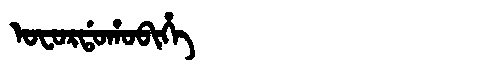
Manchu: ᠣᠸᠣᡵᡩᠣᡥᠣᠪᡳᡥᡝ
Romanization: OFORDOHOBIHE